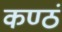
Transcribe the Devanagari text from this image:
कण्ठं